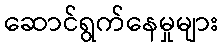
ဆောင်ရွက်နေမှုများ